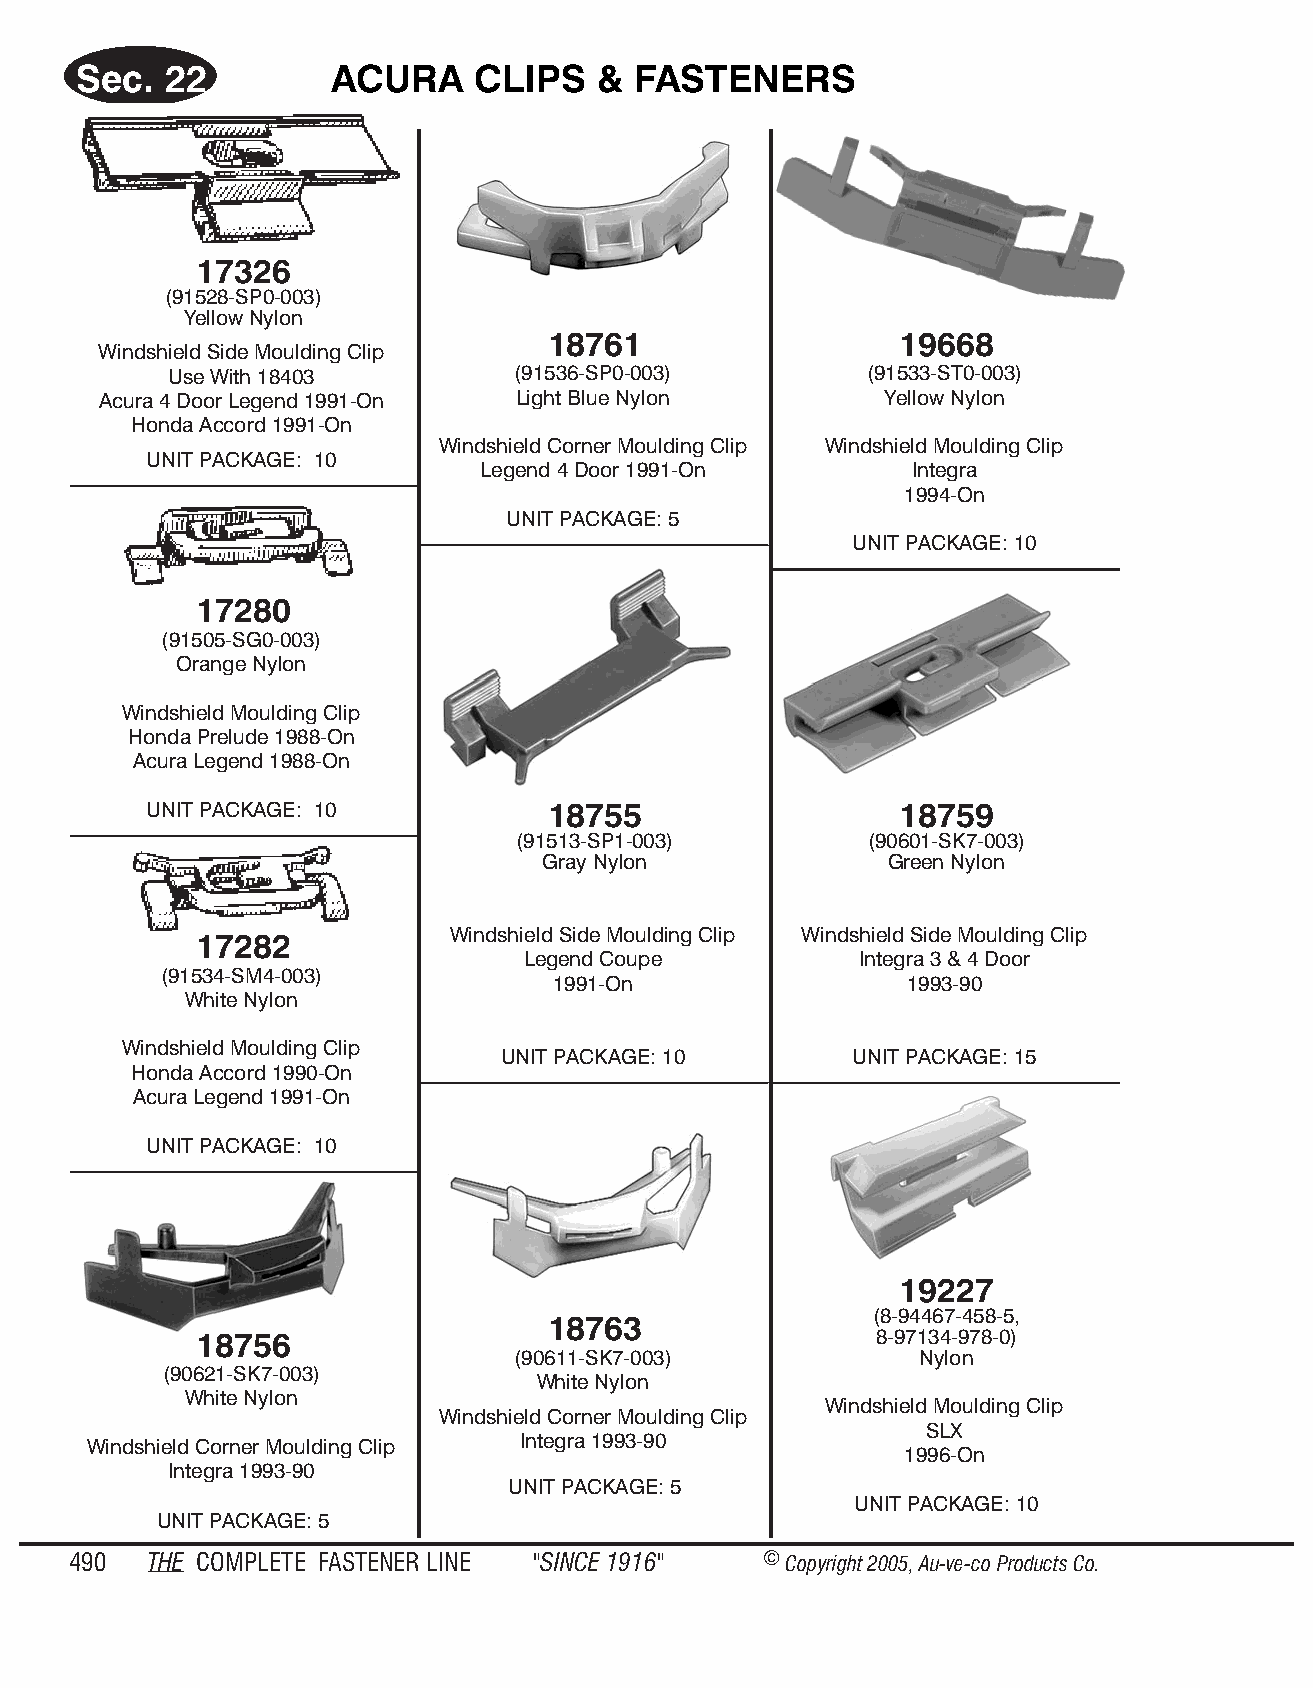
Sec.  22         ACURA     CLIPS   & FAS  TENE  RS
 17326
 (91528-SP0-003)
 Yel low Ny lon
 18761                   19668
 Windshield Side Moulding Clip
 Use With 18403         (91536-SP0-003)         (91533-ST0-003)
 Acura 4 Door Legend 1991-On Light Blue Nylon        Yellow Nylon
 Honda Accord 1991-On
 Windshield Corner Moulding Clip Windshield Moulding Clip
 UNIT PACKAGE: 10
 Legend 4 Door 1991-On        Integra
 1994-On
 UNIT PACKAGE: 5
 UNIT PACKAGE: 10
 17280
 (91505-SG0-003)
 Orange Nylon
 Windshield Moulding Clip
 Honda Prelude 1988-On
 Acura Legend 1988-On
 UNIT PACKAGE: 10          18755                   18759
 (91513-SP1-003)         (90601-SK7-003)
 Gray Nyl on            Green Ny lon
 Windshield Side Moulding Clip Windshield Side Moulding Clip
 17282
 Legend Coupe          Integra 3 & 4 Door
 (91534-SM4-003)
 1991-On                1993-90
 White Nylon
 Windshield Moulding Clip
 UNIT PACKAGE: 10        UNIT PACKAGE: 15
 Honda Accord 1990-On
 Acura Legend 1991-On
 UNIT PACKAGE: 10
 19227
 (8-94467-458-5,
 18763
 18756                                        8-97134-978-0)
 (90611-SK7-003)            Ny lon
 (90621-SK7-003)
 White Nylon
 White Nylon
 Windshield Moulding Clip
 Windshield Corner Moulding Clip
 SLX
 Windshield Corner Moulding Clip Integra 1993-90
 1996-On
 Integra 1993-90
 UNIT PACKAGE: 5
 UNIT PACKAGE: 10
 UNIT PACKAGE: 5
 490  THE COM PLETE FAST ENER LINE "SINCE 1916" © Copyr ight 2005, Au-ve-co Produ cts Co.